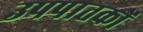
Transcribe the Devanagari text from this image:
उपपातकों